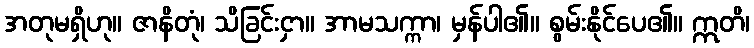
အတုမရှိဟု။ ဇာနိတုံ၊ သိခြင်းငှာ။ အာမသက္ကာ၊ မှန်ပါ၏။ စွမ်းနိုင်ပေ၏။ ဣတိ၊